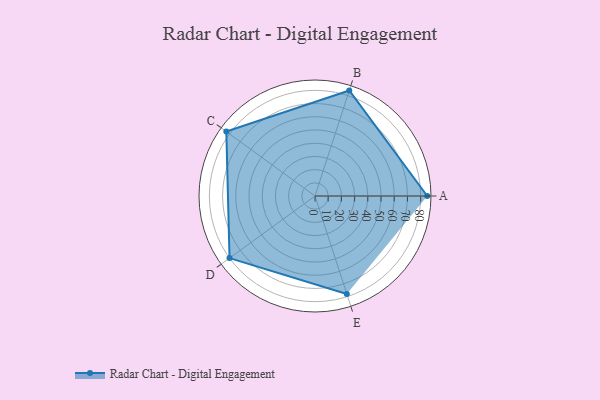
{"axis": {"x": "Skill", "y": "Score"}, "legend": ["Profile"], "data": [{"x": "A", "y": 85.0, "type": "Profile"}, {"x": "B", "y": 84.0, "type": "Profile"}, {"x": "C", "y": 83.0, "type": "Profile"}, {"x": "D", "y": 80.0, "type": "Profile"}, {"x": "E", "y": 78.0, "type": "Profile"}]}